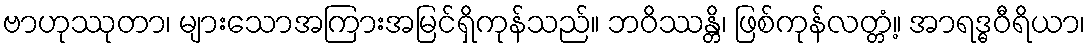
ဗာဟုဿုတာ၊ များသောအကြားအမြင်ရှိကုန်သည်။ ဘဝိဿန္တိ၊ ဖြစ်ကုန်လတ္တံ့။ အာရဒ္ဓဝီရိယာ၊